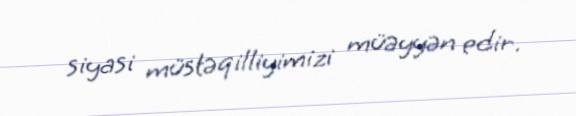
siyasi müstəqilliyimizi müəyyən edir.